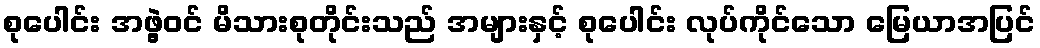
စုပေါင်း အဖွဲ့ဝင် မိသားစုတိုင်းသည် အများနှင့် စုပေါင်း လုပ်ကိုင်သော မြေယာအပြင်